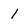
Character: 1